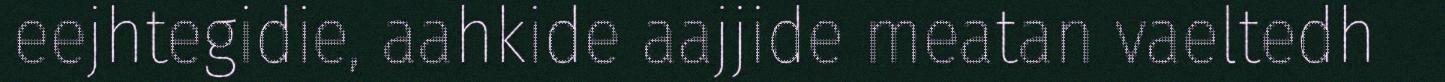
eejhtegidie, aahkide aajjide meatan vaeltedh